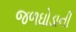
જળઘોડાની